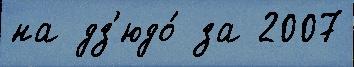
на дз'юдо́ за 2007